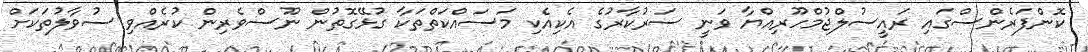
ކޮންފަރެންސްގައި ރައީސުލްޖުމްހޫރިއްޔާ ވަނީ ސަރުކާރުގެ އެކިއެކި މަސައްކަތްތަކާ ގުޅޭގޮތުން ނޫސްވެރިން ކުރެއްވި ސުވާލުތަކަށް